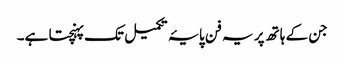
جن کے ہاتھ پر یہ فن پایۂ تکمیل تک پہنچتا ہے۔